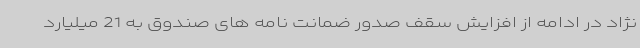
نژاد در ادامه از افزایش سقف صدور ضمانت نامه های صندوق به 21 میلیارد